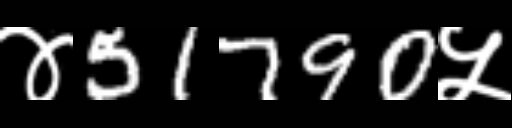
Text: ४51790५